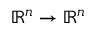
\mathbb { R } ^ { n } \to \mathbb { R } ^ { n }